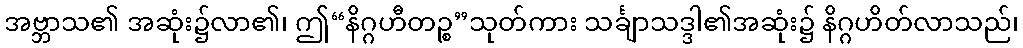
အဗ္ဘာသ၏ အဆုံး၌လာ၏၊ ဤ“နိဂ္ဂဟီတဉ္စ”သုတ်ကား သင်္ချာသဒ္ဒါ၏အဆုံး၌ နိဂ္ဂဟိတ်လာသည်၊